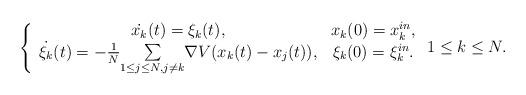
LaTeX: \begin{align*}\left\{ \begin{array}{cc}\dot{x_{k}}(t)=\xi_{k}(t), & x_{k}(0)=x_{k}^{in},\\\dot{\xi_{k}}(t)=-\frac{1}{N}\underset{1\leq j\leq N,j\neq k}{\sum}\nabla V(x_{k}(t)-x_{j}(t)), & \xi_{k}(0)=\xi_{k}^{in}.\end{array}\right.1\leq k\leq N.\end{align*}